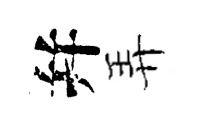
幷弄